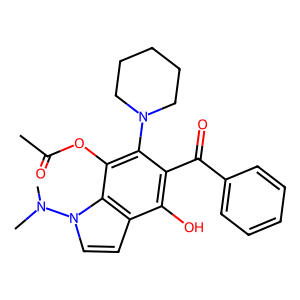
SMILES: CC(=O)Oc1c(N2CCCCC2)c(C(=O)c2ccccc2)c(O)c2ccn(N(C)C)c12
Inhibits HIV replication: No